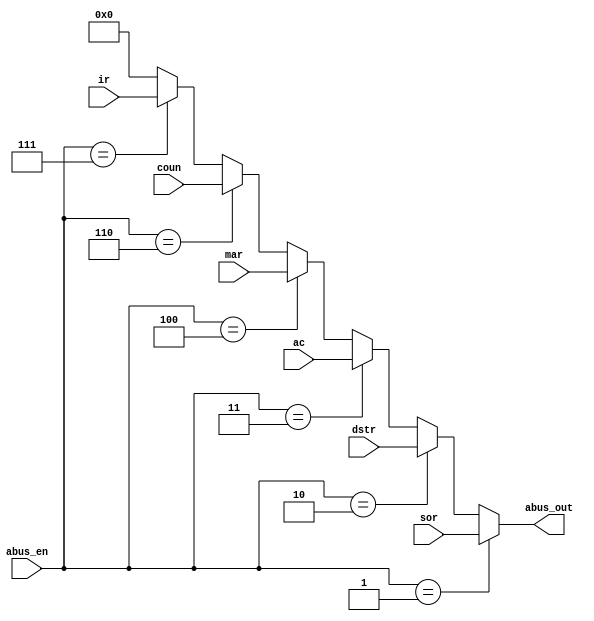
module BusA( 	input [2:0] abus_en,
					input [31:0] ir, mar, sor, dstr, coun, ac,
					output wire [31:0] abus_out);

	assign abus_out = 	(abus_en == 3'd1)? sor:
								(abus_en == 3'd2)? dstr:
								(abus_en == 3'd3)? ac:
								(abus_en == 3'd4)? mar:
								(abus_en == 3'd6)? coun:
								(abus_en == 3'd7)? ir:32'd0;
endmodule